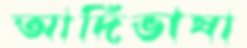
আদিভাষা